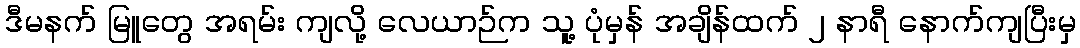
ဒီမနက် မြူတွေ အရမ်း ကျလို့ လေယာဉ်က သူ့ ပုံမှန် အချိန်ထက် ၂ နာရီ နောက်ကျပြီးမှ